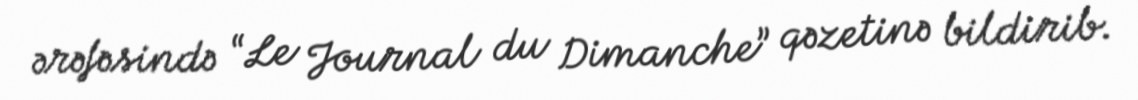
ərəfəsində “Le Journal du Dimanche” qəzetinə bildirib.